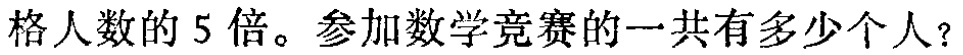
格人数的 5 倍。参加数学竞赛的一共有多少个人？